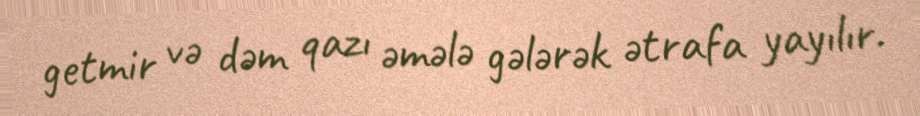
getmir və dəm qazı əmələ gələrək ətrafa yayılır.